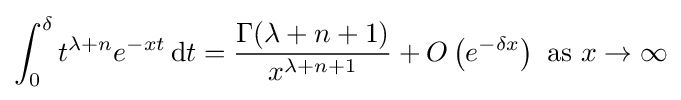
\int _{0}^{\delta }t^{\lambda +n}e^{-xt}\,\mathrm {d} t={\frac {\Gamma (\lambda +n+1)}{x^{\lambda +n+1}}}+O\left(e^{-\delta x}\right){\text{ as }}x\to \infty